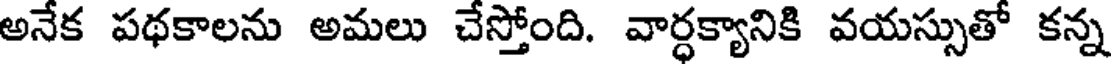
అనేక పథకాలను అమలు చేస్తోంది. వార్ధక్యానికి వయస్సుతో కన్న